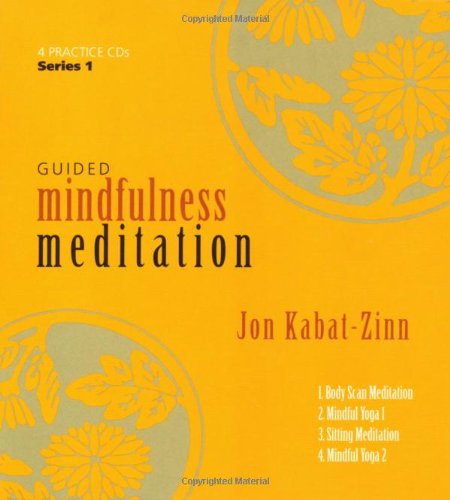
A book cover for Guided Mindfulness Meditation: A Complete Guided Mindfulness Meditation Program from Jon Kabat-Zinn; Jon Kabat-Zinn; Self-Help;